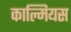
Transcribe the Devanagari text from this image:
काल्मियस